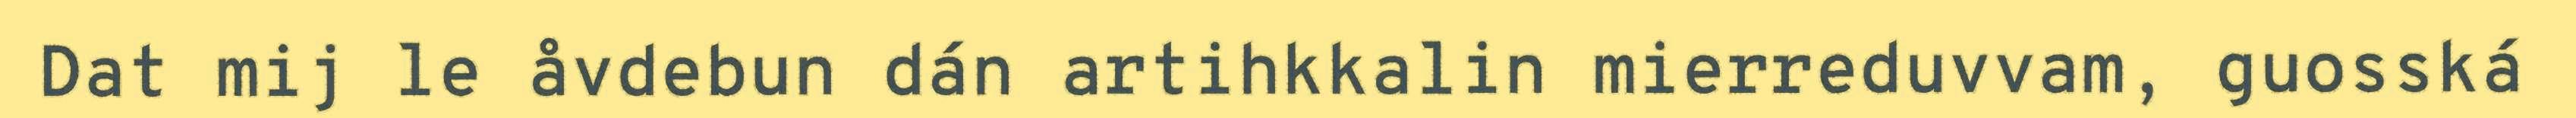
Dat mij le åvdebun dán artihkkalin mierreduvvam, guosská